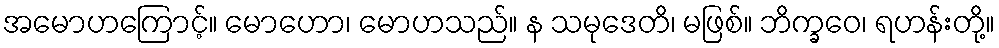
အမောဟကြောင့်။ မောဟော၊ မောဟသည်။ န သမုဒေတိ၊ မဖြစ်။ ဘိက္ခဝေ၊ ရဟန်းတို့။